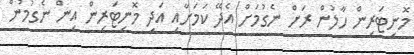
މޮނިޓަރިން ހާލުން ރަށް ނެގުމަށް އެދޭ ކަމަށާއި އަދި މޮނިޓަރިން އިން ނެގުމުން